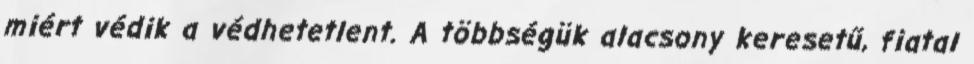
miért védik a védhetetlent. A többségük alacsony keresetű, fiatal